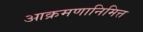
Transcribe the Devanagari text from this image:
आक्रमणानिमित्त